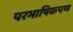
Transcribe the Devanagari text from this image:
परभाषिकपण